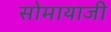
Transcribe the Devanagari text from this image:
सोमायाजी